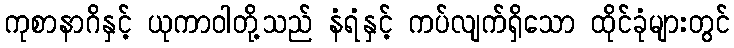
ကုစာနာဂိနှင့် ယုကာဝါတို့သည် နံရံနှင့် ကပ်လျက်ရှိသော ထိုင်ခုံများတွင်